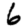
Digit: 6